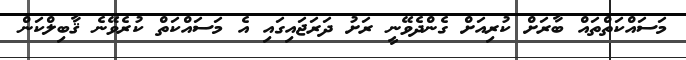
މަސައްކަތްތައް ބާރަށް ކުރިއަށް ގެންދެވޭނީ ރަށު ދަރަޖައިގައި އެ މަސައްކަތް ކުރެވޭނެ ޤާބިލްކަން